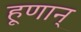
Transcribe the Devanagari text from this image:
हूणान्‌